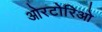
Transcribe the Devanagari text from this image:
ओरटोरिओ